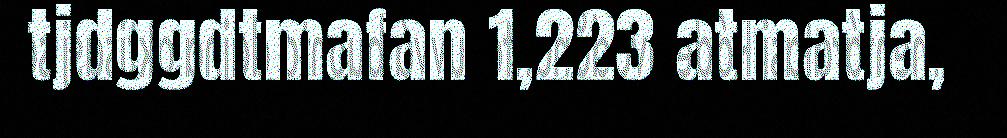
tjdggdtmafan 1,223 atmatja,